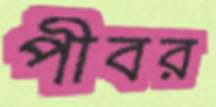
পীবর